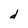
Character: d